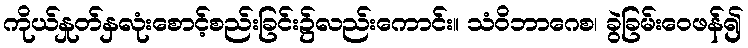
ကိုယ်နှုတ်နှလုံးစောင့်စည်းခြင်း၌လည်းကောင်း။ သံဝိဘာဂေစ၊ ခွဲခြမ်းဝေဖန်၍